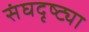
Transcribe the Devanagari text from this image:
संघदृष्ट्या